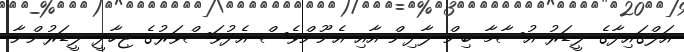
އަލްޤައިދާގެ ލީޑަރު އުސާމާ ބިން ލާދިން އާއި އެނޫންވެސް އެދުވަސްވަރުގެ ޖިހާދީ ލީޑަރުންނާ